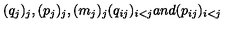
( q _ { j } ) _ { j } , ( p _ { j } ) _ { j } , ( m _ { j } ) _ { j } ( q _ { i j } ) _ { i < j } a n d ( p _ { i j } ) _ { i < j }